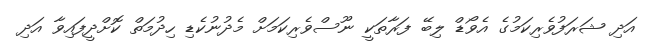
އަދި ޝަރަފުވެރިކަމުގެ އެވޯޑް ލިބޭ ފަރާތަކީ ނޫސްވެރިކަމަށް މެދުނުކެޑި ހިދުމަތް ކޮށްދީފައިވާ އަދި